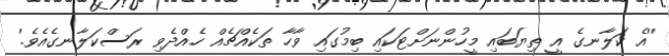
''އެ ކަލާނގެ އީ ތިޔަބައި މީހުންނަށްޓަކައި ބިމުގައި ވާހާ ތަކެއްޗެއް ހެއްދެވި ރަސްކަލާނގެއެވެ.'